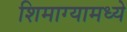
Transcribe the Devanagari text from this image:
शिमाग्यामध्ये